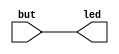
// This program was cloned from: https://github.com/FPGAwars/apio-examples
// License: GNU General Public License v2.0

//------------------------------------------------------------------
//-- Hello world example
//-- Control leds by pushing the buttons
//-- This example has been tested on the following boards:
//--   * iCE40-HX1K-EVB Olimex
//------------------------------------------------------------------

module leds(output wire  [1:0] led,
			input wire [1:0] but
	);

assign led[0]=but[0];
assign led[1]=but[1];

endmodule